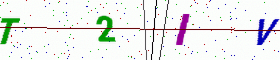
Text: T2IV